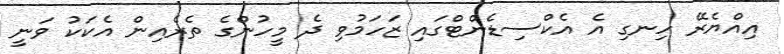
އިއްޔެރޭ ހިނގި އެ އެކްސިޑެންޓްގައި ޒަހަމުވި ދެ މީހުންގެ ތެރެއިން އެކަކު ވަނީ